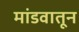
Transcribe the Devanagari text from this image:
मांडवातून